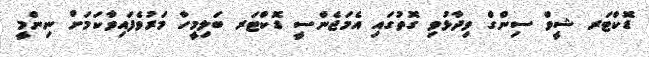
ޑޮކްޓަރ ޝީވް ސިންގް ވިދާޅުވި ގޮތުގައި އެމަޖެންސީ ޑޮކްޓަރ ބަލިމީހާ މަރުވެފައިވާކަމަށް ނިންމީ